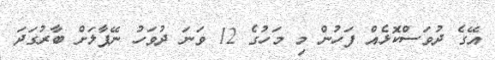
އޭގެ ދުވަސްކޮޅެއް ފަހުން މި މަހުގެ 12 ވަނަ ދުވަހު ނޭޕާލަށް ބާރުގަދަ